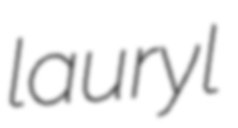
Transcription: lauryl